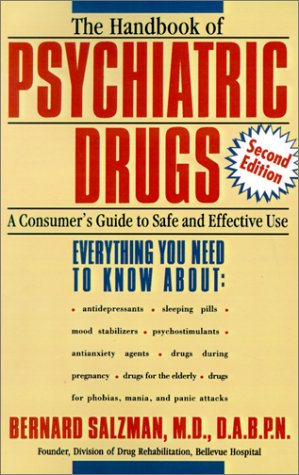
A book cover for The Handbook of Psychiatric Drugs: A Consumer's Guide to Safe and Effective Use; Bernard Salzman; Medical Books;